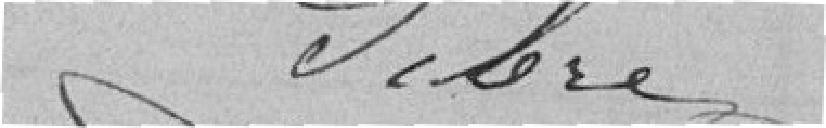
Sibre